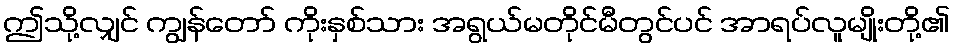
ဤသို့လျှင် ကျွန်တော် ကိုးနှစ်သား အရွယ်မတိုင်မီတွင်ပင် အာရပ်လူမျိုးတို့၏